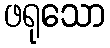
ဖရုသော